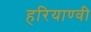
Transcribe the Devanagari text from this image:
हरियाण्वी